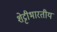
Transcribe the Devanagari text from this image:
शेट्टीभारतीय